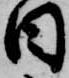
日